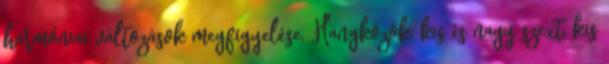
harmóniai változások megfigyelése. Hangközök: kis és nagy szext, kis